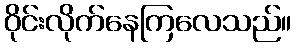
ဝိုင်းလိုက်နေကြလေသည်။